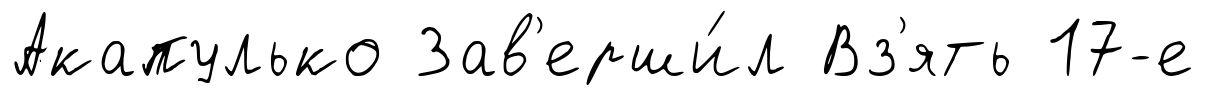
Акапулько Зав'ерши́л Вз'ять 17-е